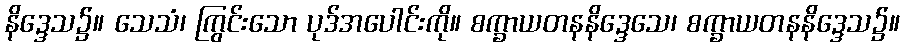
နိဒ္ဒေသ၌။ သေသံ၊ ကြွင်းသော ပုဒ်အပေါင်းကို။ စက္ခာယတနနိဒ္ဒေသေ၊ စက္ခာယတနနိဒ္ဒေသ၌။